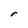
Character: r